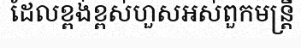
ដែលខ្ពង់ខ្ពស់ហួសអស់ពួកមន្ត្រី